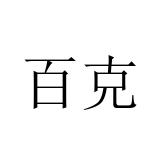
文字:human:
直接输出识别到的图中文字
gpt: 百克